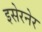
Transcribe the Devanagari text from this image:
इसेरनेर